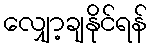
လျှော့ချနိုင်ရန်